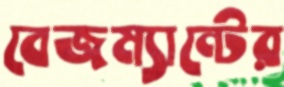
বেজম্যান্টের